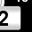
Digit: 2